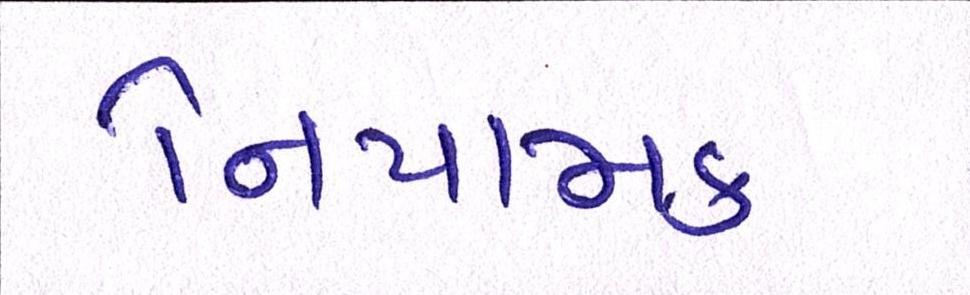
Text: નિયામક